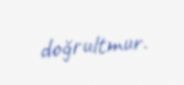
doğrultmur.